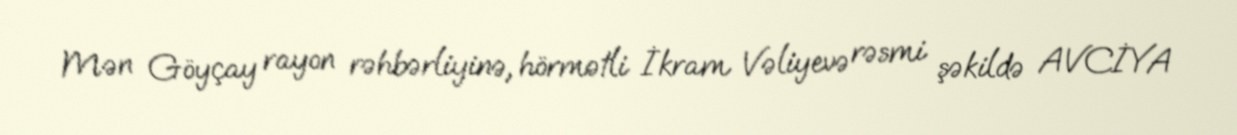
Mən Göyçay rayon rəhbərliyinə, hörmətli İkram Vəliyevə rəsmi şəkildə AVCİYA